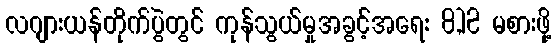
လဂျားယန်တိုက်ပွဲတွင် ကုန်သွယ်မှုအခွင့်အရေး 8,12 မစားဖို့